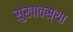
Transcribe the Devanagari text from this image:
सुखावस्था